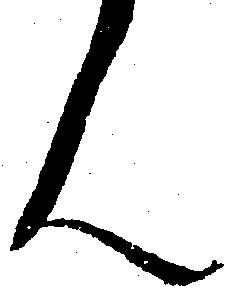
ん